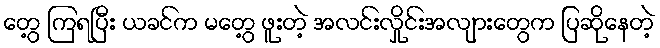
တွေ့ ကြရပြီး ယခင်က မတွေ့ ဖူးတဲ့ အလင်းလှိုင်းအလျားတွေက ပြဆိုနေတဲ့